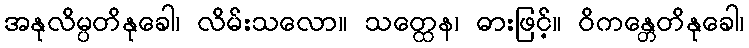
အနုလိမ္ပတိနုခေါ၊ လိမ်းသလော။ သတ္ထေန၊ ဓားဖြင့်။ ဝိကန္တေတိနုခေါ၊